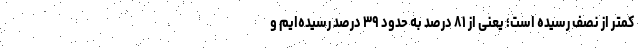
کمتر از نصف رسیده است؛ یعنی از ۸۱ درصد به حدود ۳۹ درصد رسیده‌ایم و